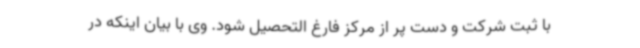
با ثبت شرکت و دست پر از مرکز فارغ التحصیل شود. وی با بیان اینکه در